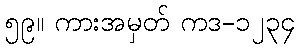
၅၉။ ကားအမှတ် ကဒ-၁၂၃၄